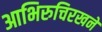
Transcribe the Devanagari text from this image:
आभिरुचिरखने